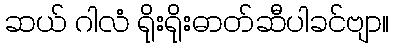
ဆယ် ဂါလံ ရိုးရိုးဓာတ်ဆီပါခင်ဗျာ။